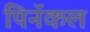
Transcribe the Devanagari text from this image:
पिनॅकल